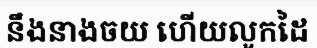
នឹងនាងចយ ហើយលូកដៃ